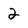
Character: 2